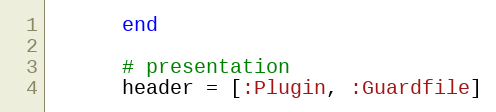
Language: Ruby
      end

      # presentation
      header = [:Plugin, :Guardfile]